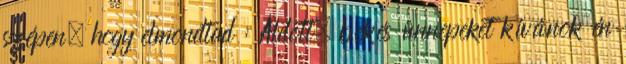
szépen, hogy elmondtad : Áldott, békés ünnepeket kívánok én